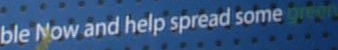
ble Now and help spread some green